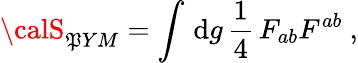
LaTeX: {\calS}_{\mathfrak{P}YM}=\int\, \mathrm{{d}}g\, \frac{{1}}{{4}}\, F_{ab}F^{ab}~,